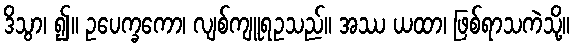
ဒိသွာ၊ ၍။ ဥပေက္ခကော၊ လျစ်ကျူရဥသည်။ အဿ ယထာ၊ ဖြစ်ရာသကဲသို့။